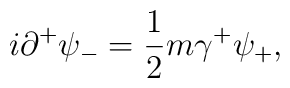
i{\partial}^{+}{\psi}_{-} =\frac{1}{2} m {\gamma}^{+} {\psi}_{+},